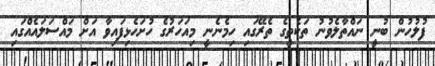
ފުލުހުން ބުނީ ނައްތާލެވުނު ތަކެތީގެ ތެރޭގައި ހިމެނެނީ މިއަހަރުގެ ހުށަހެޅިފައިވާ އަށް މައްސަލައެއްގައި